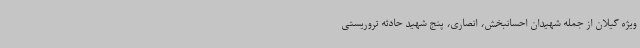
ویژه گیلان از جمله شهیدان احسانبخش، انصاری، پنج شهید حادثه تروریستی